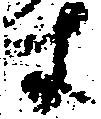
す